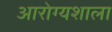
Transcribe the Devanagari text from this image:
आरोग्यशाला